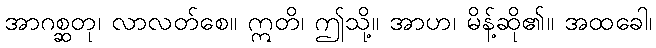
အာဂစ္ဆတု၊ လာလတ်စေ။ ဣတိ၊ ဤသို့။ အာဟ၊ မိန့်ဆို၏။ အထခေါ၊